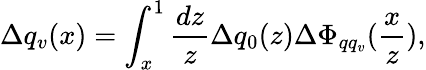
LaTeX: \Delta q_{v}(x)=\int_{x}^{1}\frac{dz}{z}\Delta q_{0}(z)\Delta\Phi_{qq_{v}}(\frac{x}{z}),